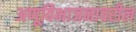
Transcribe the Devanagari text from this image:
अणूविभाजनावरील